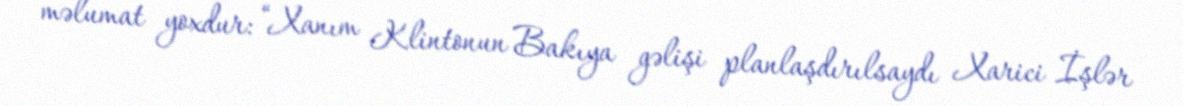
məlumat yoxdur: “Xanım Klintonun Bakıya gəlişi planlaşdırılsaydı Xarici İşlər